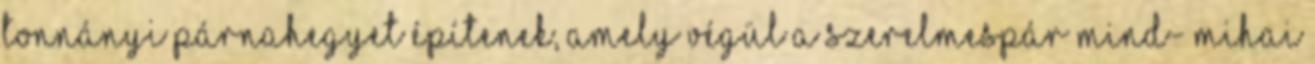
tonnányi párnahegyet építenek, amely végül a szerelmespár mind- Mihai